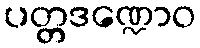
ပတ္တဒဏ္ဍောဝ